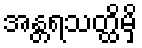
အန္တရသတ္ထိမှိ